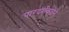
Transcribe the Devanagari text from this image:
पारदर्शकतेने